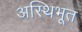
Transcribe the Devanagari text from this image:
अस्थिभूत